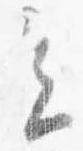
会